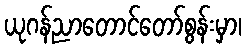
ယုဂန်ညာတောင်တော်စွန်းမှာ၊